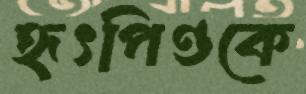
হৃৎপিণ্ডকে